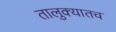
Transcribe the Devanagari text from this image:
तालुक्यातच